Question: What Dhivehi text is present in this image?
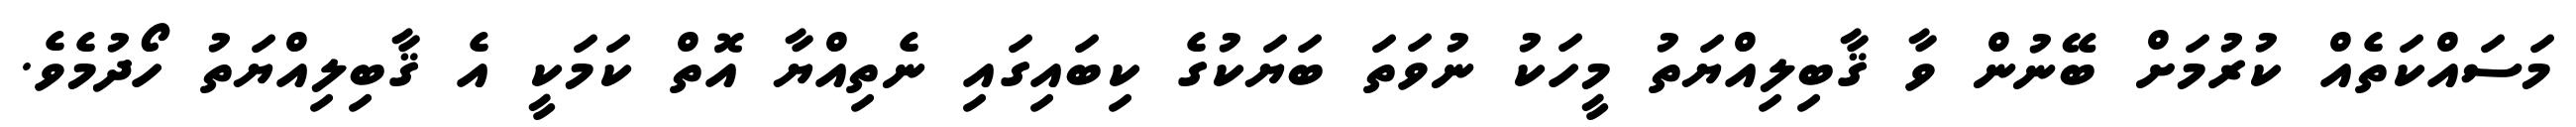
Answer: މަސައްކަތެއް ކުރުމަށް ބޭނުން ވާ ޤާބިލިއްޔަތު މީހަކު ނުވަތަ ބަޔަކުގެ ކިބައިގައި ނެތިއްޔާ އޮތް ކަމަކީ އެ ޤާބިލިއްޔަތު ހޯދުމެވެ.